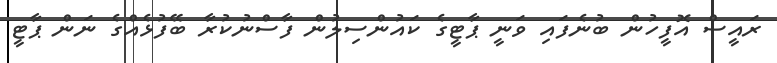
ރައީސް އޮފީހުން ބުނެފައި ވަނީ ޕާޓީގެ ކައުންސިލުން ފާސްނުކުރާ ބޭފުޅެއްގެ ނަން ޕާޓީ